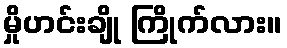
မှိုဟင်းချို ကြိုက်လား။